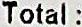
TOTAL :